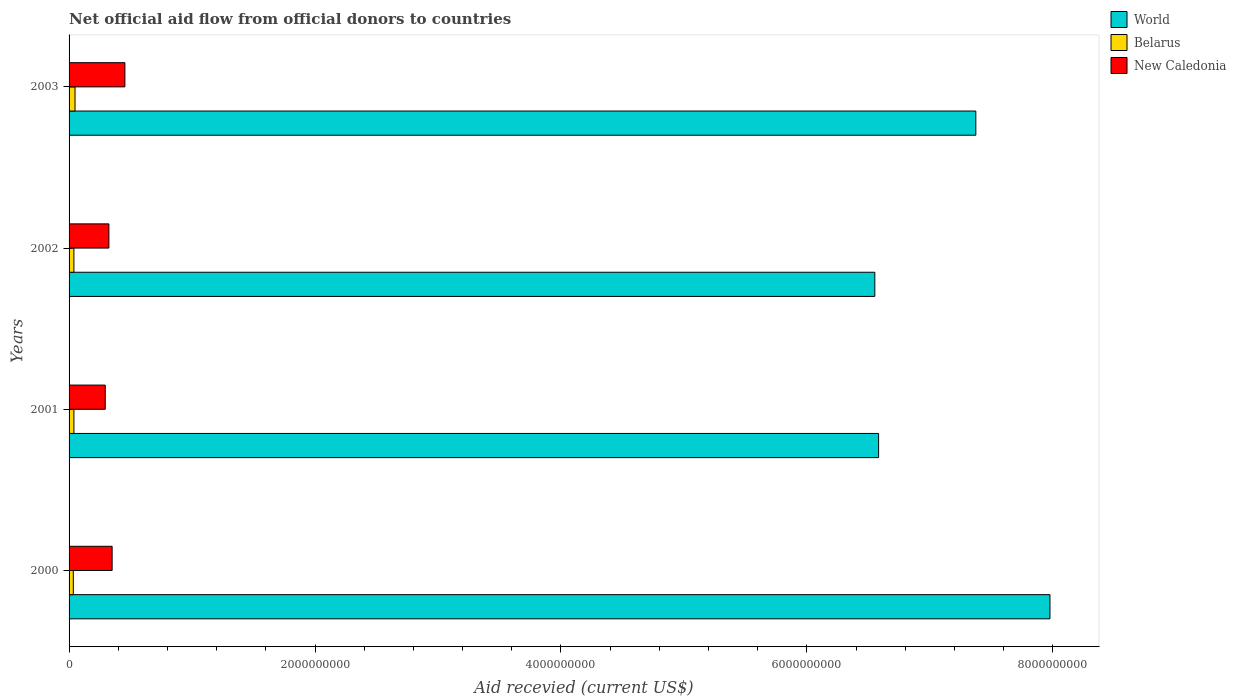
| Years | World | Belarus | New Caledonia |
 | --- | --- | --- | --- |
 | 2000 | 7.98e+09 | 3.45e+07 | 3.5e+08 |
 | 2001 | 6.58e+09 | 3.94e+07 | 2.94e+08 |
 | 2002 | 6.55e+09 | 3.93e+07 | 3.24e+08 |
 | 2003 | 7.37e+09 | 4.84e+07 | 4.54e+08 |